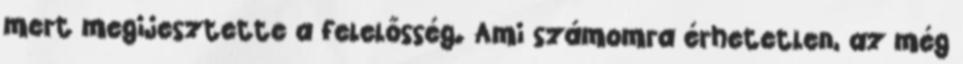
mert megijesztette a felelősség. Ami számomra érhetetlen, az még